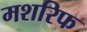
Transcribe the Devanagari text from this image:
मशरिफ